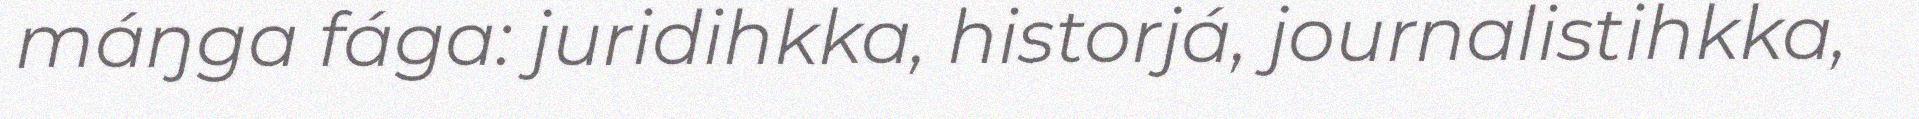
máŋga fága: juridihkka, historjá, journalistihkka,